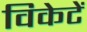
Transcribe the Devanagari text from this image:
विकेटें